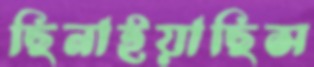
ছিনাইয়াছিস